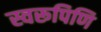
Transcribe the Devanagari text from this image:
स्वरूपिणि